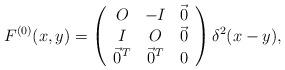
LaTeX: \begin{align*}F^{(0)}(x,y) =\left(\begin{array}{ccc}O &-I &\vec 0 \\I &O &\vec 0 \\\vec 0^T &\vec 0^T &0 \\\end{array}\right)\delta^2(x-y),\end{align*}